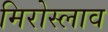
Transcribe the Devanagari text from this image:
मिरोस्लाव